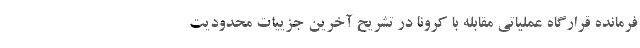
فرمانده قرارگاه عملیاتی مقابله با کرونا در تشریح آخرین جزییات محدودیت